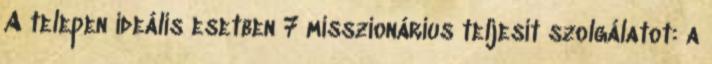
A telepen ideális esetben 7 misszionárius teljesít szolgálatot: a